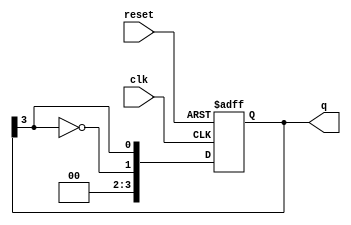
module johnson_counter #(
    parameter N = 4 // Number of flip-flops
) (
    input wire clk,        // Clock input
    input wire reset,      // Asynchronous reset
    output reg [N-1:0] q   // Counter output
);

    always @(posedge clk or posedge reset) begin
        if (reset) begin
            q <= 0; // Initialize the counter to 0
        end else begin
            // Shift the states and feed back the inverted output of the last flip-flop
            q <= {~q[N-1], q[N-1:N-1]}; // Shift right and feedback inverted output
        end
    end

endmodule